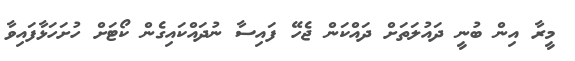
މީރާ އިން ބުނީ ދައުލަތަށް ދައްކަން ޖެހޭ ފައިސާ ނުދައްކައިގެން ކޯޓަށް ހުށަހަޅާފައިވާ